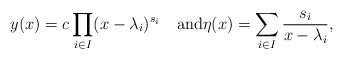
\begin{align*}y(x)=c\prod_{i\in I}(x-\lambda_i)^{s_i}\quad\textup{and}\eta(x)=\sum_{i\in I}\frac{s_i}{x-\lambda_i},\end{align*}